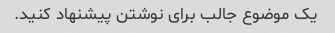
یک موضوع جالب برای نوشتن پیشنهاد کنید.